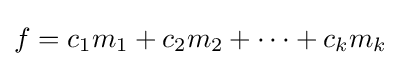
f=c_{1}m_{1}+c_{2}m_{2}+\dotsm +c_{k}m_{k}